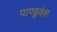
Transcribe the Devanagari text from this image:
पाण्डुवंश